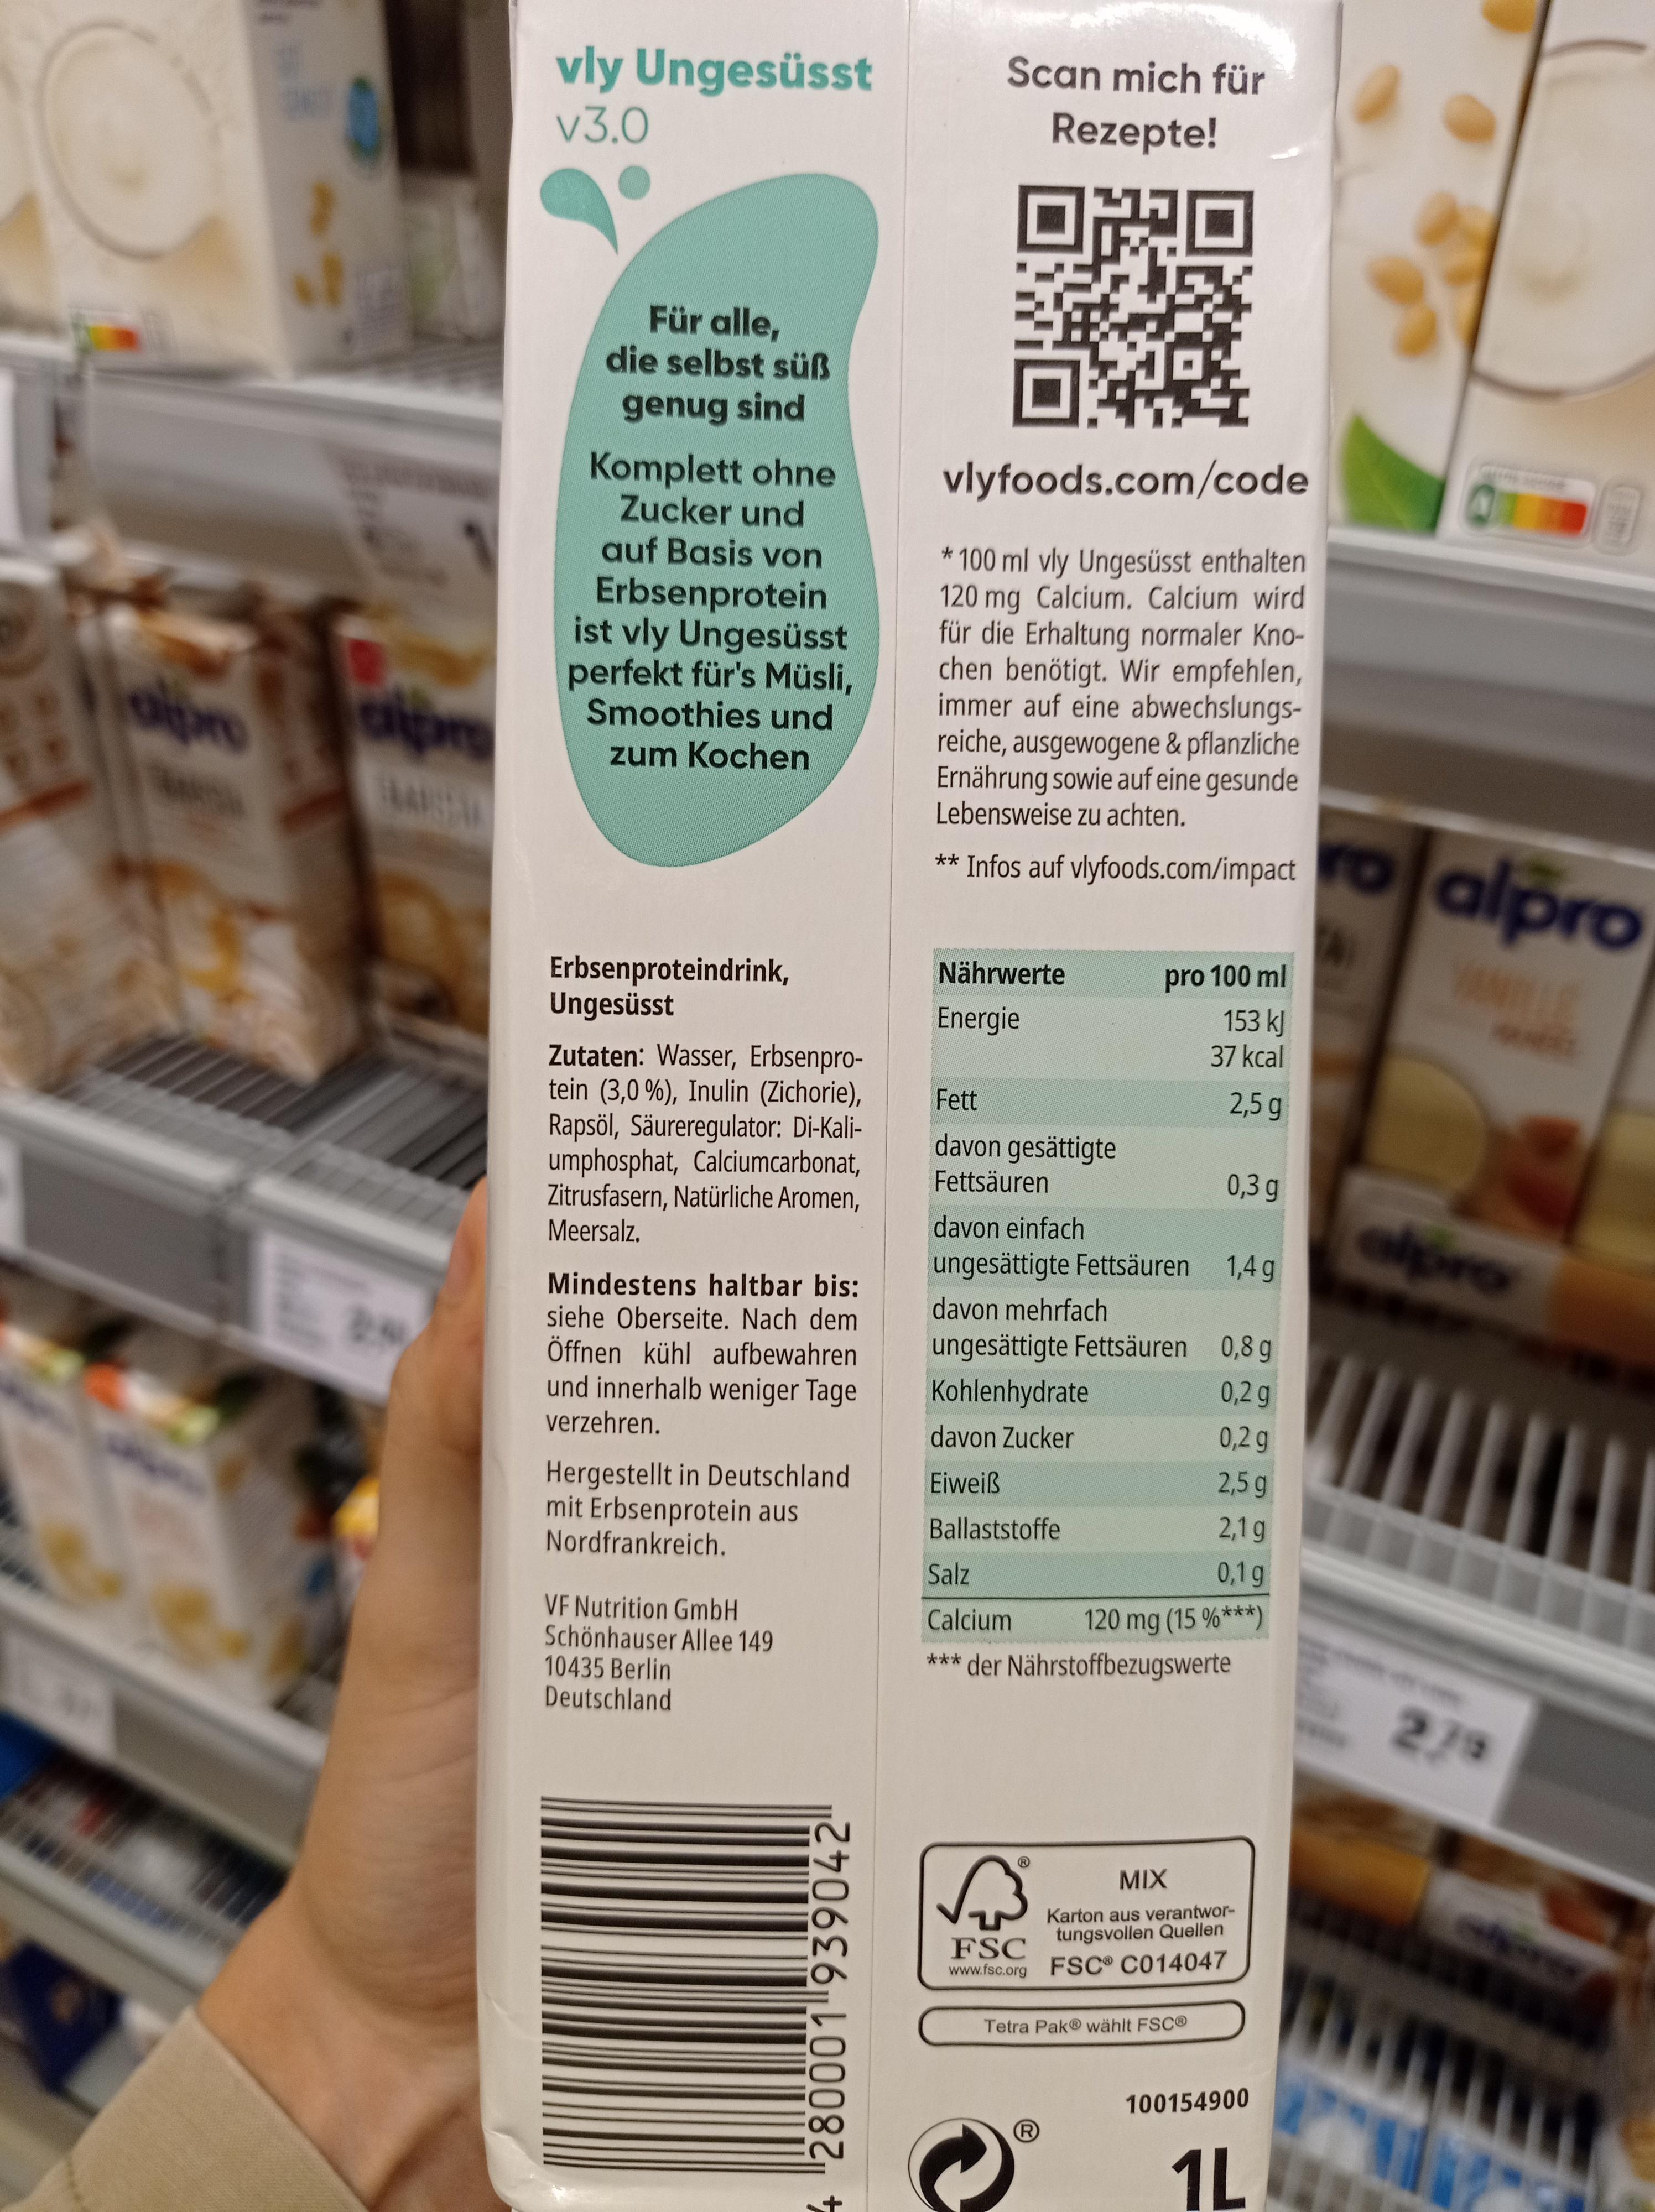
41
T
O
cipro
MARSTAL
29
vly Ungesüsst v3.0
Für alle, die selbst süß
genug sind
Komplett ohne Zucker und auf Basis von Erbsenprotein ist vly Ungesüsst perfekt für's Müsli, Smoothies und zum Kochen
Erbsenproteindrink, Ungesüsst
Zutaten: Wasser, Erbsenprotein (3,0%), Inulin (Zichorie), Rapsöl, Säureregulator: Di-Kaliumphosphat, Calciumcarbonat, Zitrusfasern, Natürliche Aromen, Meersalz.
Mindestens haltbar bis: siehe Oberseite. Nach dem Öffnen kühl aufbewahren und innerhalb weniger Tage verzehren.
Hergestellt in Deutschland mit Erbsenprotein aus Nordfrankreich.
VF Nutrition GmbH Schönhauser Allee 149 10435 Berlin Deutschland
280001 939042
Scan mich für Rezepte!
vlyfoods.com/code
100 ml vly Ungesüsst enthalten 120 mg Calcium. Calcium wird für die Erhaltung normaler Knochen benötigt. Wir empfehlen, immer auf eine abwechslungsreiche, ausgewogene & pflanzliche Ernährung sowie auf eine gesunde Lebensweise zu achten.
Infos auf vlyfoods.com/impact
**
Nährwerte
Energie
pro 100 ml
153 kJ
37 kcal
2,5 g
Fett
davon gesättigte
Fettsäuren
davon einfach
ungesättigte Fettsäuren 1,4 g davon mehrfach ungesättigte Fettsäuren Kohlenhydrate
davon Zucker
Eiweiß
Ballaststoffe
0,8 g
0,2 g
0,2 g
2,5 g
2,1g
0,1g
120 mg (15 %***)
Salz
Calcium
*** der Nährstoffbezugswerte
√3
FSC
www.fsc.org FSC® C014047
Ⓡ
0,3 g
Tetra Pak® wählt FSC®
MIX
Karton aus verantwortungsvollen Quellen
100154900
1L
alpro
VANILLE
****
****
alpro
279
IN